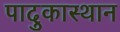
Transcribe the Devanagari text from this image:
पादुकास्थान